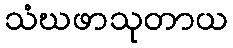
သံဃဖာသုတာယ